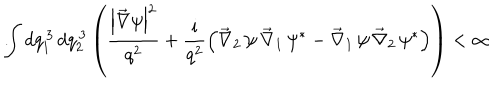
LaTeX: \int d q _ { 1 } ^ { \, 3 } \, d q _ { 2 } ^ { \, 3 } \left( \frac { \left| \vec { \nabla } \psi \right| ^ { 2 } } { q ^ { 2 } } + \frac { \mathrm { i } } { q ^ { 2 } } \left( \vec { \nabla } _ { 2 } \, \psi \, \vec { \nabla } _ { 1 } \, \psi ^ { \ast } - \vec { \nabla } _ { 1 } \, \psi \, \vec { \nabla } _ { 2 } \, \psi ^ { \ast } \right) \right) < \infty \hspace { 1 c m } .